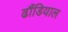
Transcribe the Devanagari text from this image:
ढौंडियाल